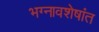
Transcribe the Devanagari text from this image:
भग्नावशेषांत